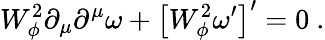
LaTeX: W_{\phi}^{2}\partial_{\mu}\partial^{\mu}\omega+\left[W_{\phi}^{2}\omega^{\prime}\right]^{\prime}=0~.